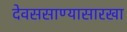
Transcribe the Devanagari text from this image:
देवससाण्यासारखा